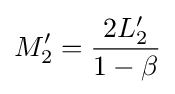
M'_{2}={\frac {2L'_{2}}{1-\beta }}